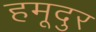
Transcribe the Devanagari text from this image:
हमूदुर